Medical and sanitary report of the native army of Bengal for the year
Year: 1876
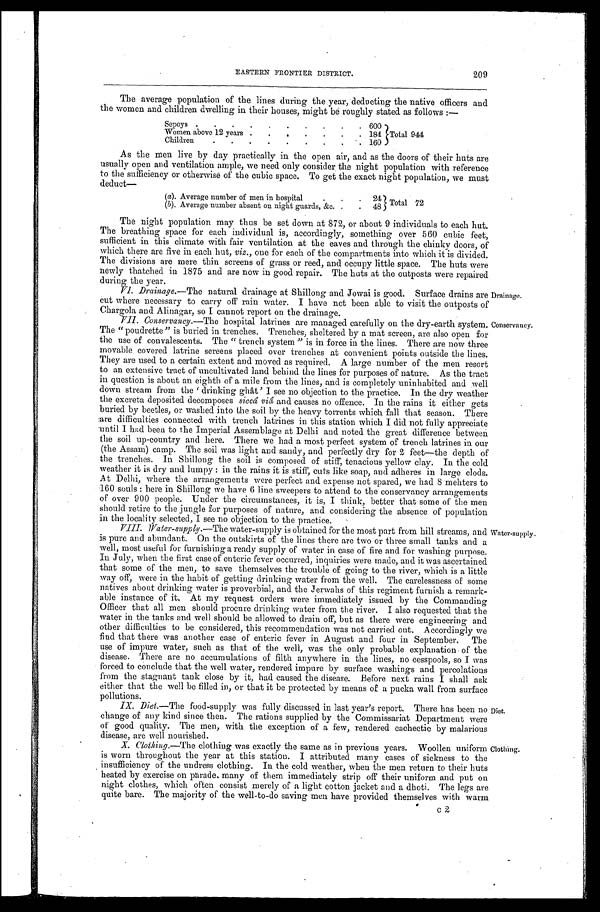
Dr a i na ge
E A S T E R N F R O N T I E R D I S T R I C T .
The average population of the lines during the year, deducting the native officers and
the women and children dwelling in their houses, might be roughly stated as follows :—
Sepoys
6 0 0
Total 944
Women above 12 years
1 8 4
Children
1 6 0
As the men live by day practically in the open air, and as the doors of their huts are
usually open and ventilation ample, we need only consider the night population with reference
to the sufficiency or otherwise of the cubic space. To get the exact night population, we must
deduct-
(a). Average number of men in hospital
2 4 Total 72
(b). Average number absent on night guards,&c
4 8
The night population may thus be set down at 872, or about 9 individuals to each hut.
The breathing space for each individual is, accordingly, something over 560 cubic feet,
sufficient in this climate with fair ventilation at the eaves and through the chinky doors, of
which there are five in each hut, viz., one for each of the compartments into which it is divided.
The divisions are mere thin screens of grass or reed, and occupy little space. The huts were
newly thatched in 1875 and are now in good repair. The huts at the outposts were repaired
during the year.
VI. Drainage.—The natural drainage at Shillong and Jowai is good. Surface drains are
c ut where necessary to carry off rain water. I have not been able to visit the outposts of
Chargola and Alinagar, so I cannot report on the drainage.
VII. Conservancy.—The hospital latrines are managed carefully on the dry-earth system.
The "poudrette" is buried in trenches. Trenches, sheltered by a mat screen, are also open for
the use of convalescents. The "trench system" is in force in the lines. There are now three
movable covered latrine screens placed over trenches at convenient points outside the lines.
They are used to a certain extent and moved as required. A large number of the men resort
to an extensive tract of uncultivated land behind the lines for purposes of nature. As the tract
in question is about an eighth of a mile from the lines, and is completely uninhabited and well
down st r eam f r om t he ' dr i nki ng ghât ' I see no obj ect i on t o t he pr act i ce. I n t he dr y weat her
the excreta deposited decomposes siccâ viâ and causes no offence. In the rains it either gets
buried by beetles, or washed into the soil by the heavy torrents which fall that season. There
are difficulties connected with trench latrines in this station which I did not fully appreciate
until I had been to the Imperial Assemblage at Delhi and noted the great difference between
the soil up-country and here. There we had a most perfect system of trench latrines in our
(the Assam) camp. The soil was light and sandy, and perfectly dry for 2 feet—the depth of
the trenches. In Shillong the soil is composed of stiff, tenacious yellow clay. In the cold
weather it is dry and lumpy: in the rains it is stiff, cuts like soap, and adheres in large clods.
At Delhi, where the arrangements were perfect and expense not spared, we had 8 mehters to
160 souls: here in Shillong we have 6 line sweepers to attend to the conservancy arrangements
of over 900 people. Under the circumstances, it is, I think, better that some of the men
should retire to the jungle for purposes of nature, and considering the absence of population
in the locality selected, I see no objection to the practice.
VIII. Wate-supply. The water-supply is obtained for the most part from hillstreams, and
is pure and abundant. On the outskirts of the lines there are two or three small tanks and a
well, most useful for furnishing a ready supply of water in case of fire and for washing purpose.
In July, when the first case of enteric fever occurred, inquiries were made, and it was ascertained.
that some of the men, to save themselves the trouble of going to the river, which is a little
way off, were in the habit of getting drinking water from the well. The carelessness of some
natives about drinking water is proverbial, and the Jerwahs of this regiment furnish a remark-
able instance of it. At my request orders were immediately issued by the Commanding
Officer that all men should procure drinking water from the river. I also requested that the
water in the tanks and well should be allowed to drain off, but as there were engineering and
other difficulties to be considered, this recommendation was not carried out. Accordingly we
find that there was another case of enteric fever in August and four in September. The
use of impure water, such as that of the well, was the only probable explanation of the
disease. There are no accumulations of filth anywhere in the lines, no cesspools, so I was
forced to conclude that the well water, rendered impure by surface washings and percolations
from the stagnant tank close by it, had caused the disease. Before next rains I shall ask
either that the well be filled in, or that it be protected by means of a pucka wall from surface
pollutions.
IX. Diet.—The food-supply was fully discussed in last year's report. There has been no
change of any kind since then. The rations supplied by the Commissariat Department were
of good quality. The men, with the exception of a few, rendered cachectic by malarious
disease, are well nourished.
X. Clothing.—The clothing was exactly the same as in previous years. Woollen uniform
is worn throughout the year at this station. I attributed many cases of sickness to the
insufficiency of the undress clothing. In the cold weather, when the men return to their huts
heated by exercise on parade. many of them immediately strip off their uniform and put on
night clothes, which often consist merely of a light cotton jacket and a dhoti. The legs are
quite bare. The majority of the well-to-do saving men have provided themselves with warm
c2
Clothing.